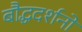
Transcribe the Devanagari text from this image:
बौद्धदर्शनों